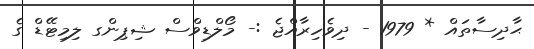
ޙާދިސާތައް * 1979 - ދިވެހިރާއްޖެ :- މޯލްޑިވްސް ޝިޕިންގ ލިމިޓޭޑް ގެ